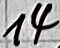
Text: 14